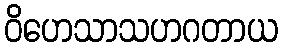
ဝိဟေသာသဟဂတာယ